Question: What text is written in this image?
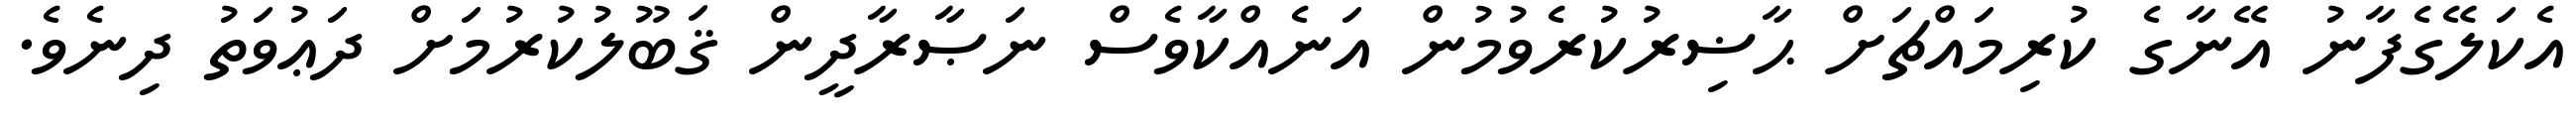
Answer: އެކަލޭގެފާނު އޭނާގެ ކުރިމައްޗަށް ޙާޟިރުކުރެވުމުން އަނެއްކާވެސް ނަޞާރާދީން ޤަބޫލުކުރުމަށް ދަޢުވަތު ދިނެވެ.